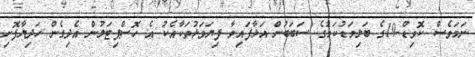
ނަމަވެސް ކޮވިޑް-19ގެ ބަލިމަޑުކަމުގެ ސަބަބުން އަޅާފައިވާ ފިޔަވަޅުތަކާއެކު އެ ހޮސްޕިޓަލުން އެދިގެން ހަދިޔާފޮށި